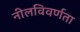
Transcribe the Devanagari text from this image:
नीलविवर्णता